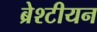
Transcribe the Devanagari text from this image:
ब्रेश्टीयन